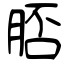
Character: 脴